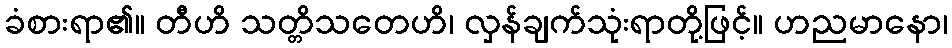
ခံစားရာ၏။ တီဟိ သတ္တိသတေဟိ၊ လှန်ချက်သုံးရာတို့ဖြင့်။ ဟညမာနော၊